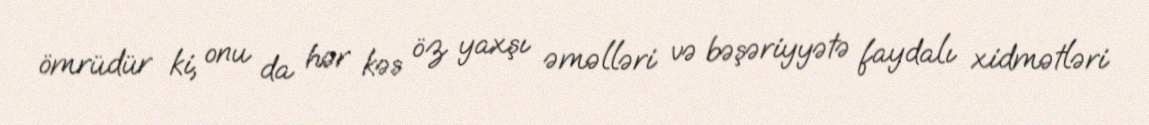
ömrüdür ki, onu da hər kəs öz yaxşı əməlləri və bəşəriyyətə faydalı xidmətləri